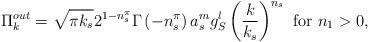
LaTeX: \begin{align*}\Pi_{k}^{out}=\sqrt{\pi k_s} 2^{1-n_s^\pi }\Gamma \left( -n_s^\pi\right) a_s^mg_S^l\left( \frac k{k_s}\right) ^{n_s} \hbox { for } n_1>0,\end{align*}